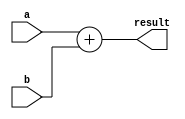
`timescale 1ns / 1ps
//////////////////////////////////////////////////////////////////////////////////
// Company: 
// Engineer: 
// 
// Design Name: 
// Module Name: addBranch
// Project Name: 
// Target Devices: 
// Tool Versions: 
// Description: 
// 
// Dependencies: 
// 
// Revision:
// Revision 0.01 - File Created
// Additional Comments:
// 
//////////////////////////////////////////////////////////////////////////////////


module addBranch(
    input [31:0] a,
    input [31:0] b,
    output [31:0] result
    );
    assign result = a + b;
endmodule